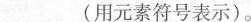
___(用元素符号表示)。